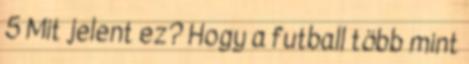
5 Mit jelent ez? Hogy a futball több mint